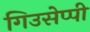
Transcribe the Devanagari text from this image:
गिउसेप्पी